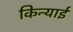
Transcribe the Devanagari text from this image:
किन्याई